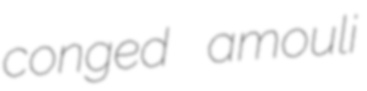
conged amouli